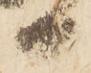
日